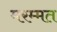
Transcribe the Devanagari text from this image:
मरम्मत